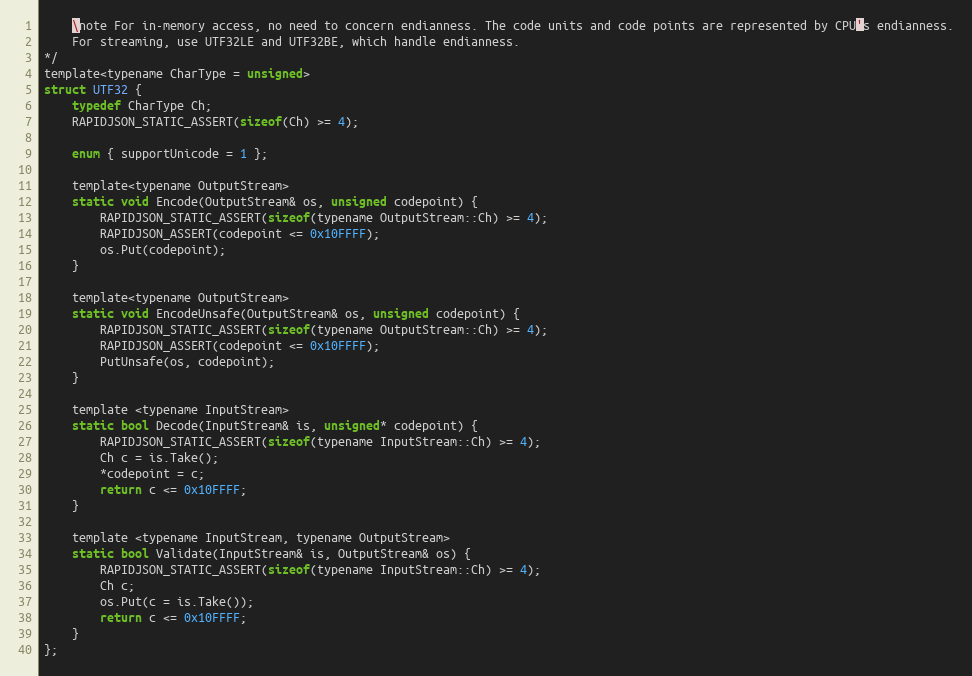
Language: C
    \note For in-memory access, no need to concern endianness. The code units and code points are represented by CPU's endianness.
    For streaming, use UTF32LE and UTF32BE, which handle endianness.
*/
template<typename CharType = unsigned>
struct UTF32 {
    typedef CharType Ch;
    RAPIDJSON_STATIC_ASSERT(sizeof(Ch) >= 4);

    enum { supportUnicode = 1 };

    template<typename OutputStream>
    static void Encode(OutputStream& os, unsigned codepoint) {
        RAPIDJSON_STATIC_ASSERT(sizeof(typename OutputStream::Ch) >= 4);
        RAPIDJSON_ASSERT(codepoint <= 0x10FFFF);
        os.Put(codepoint);
    }

    template<typename OutputStream>
    static void EncodeUnsafe(OutputStream& os, unsigned codepoint) {
        RAPIDJSON_STATIC_ASSERT(sizeof(typename OutputStream::Ch) >= 4);
        RAPIDJSON_ASSERT(codepoint <= 0x10FFFF);
        PutUnsafe(os, codepoint);
    }

    template <typename InputStream>
    static bool Decode(InputStream& is, unsigned* codepoint) {
        RAPIDJSON_STATIC_ASSERT(sizeof(typename InputStream::Ch) >= 4);
        Ch c = is.Take();
        *codepoint = c;
        return c <= 0x10FFFF;
    }

    template <typename InputStream, typename OutputStream>
    static bool Validate(InputStream& is, OutputStream& os) {
        RAPIDJSON_STATIC_ASSERT(sizeof(typename InputStream::Ch) >= 4);
        Ch c;
        os.Put(c = is.Take());
        return c <= 0x10FFFF;
    }
};